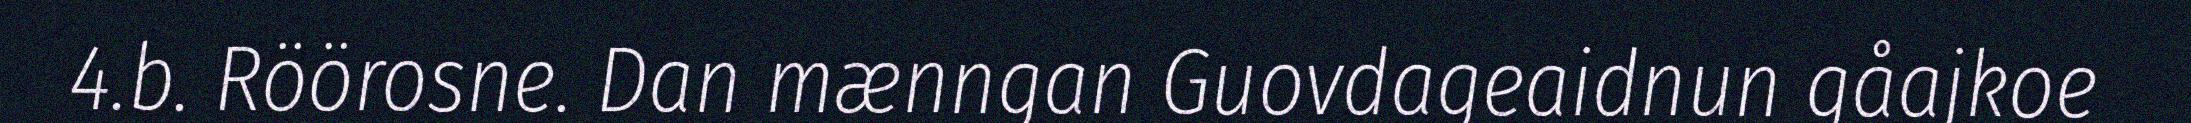
4.b. Röörosne. Dan mænngan Guovdageaidnun gåajkoe